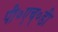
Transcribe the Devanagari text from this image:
पी०एच्०डी